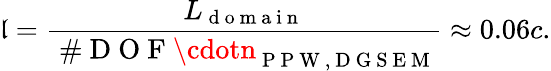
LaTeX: \mathfrak{l}=\frac{{L_{\mathrm{{~d~o~m~a~i~n~}}}}}{{\mathrm{{~\# ~D~O~F~}}\cdotn_{\mathrm{{~P~P~W~,~D~G~S~E~M~}}}}}\approx0.06c.